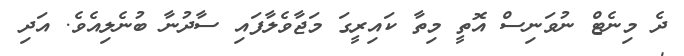
ދެ މިނެޓް ނުވަނިސް އޮތީ މިތާ ކައިރީގަ މަޖާވެލާފައި ސާދުނާ ބުނެލިއެވެ. އަދި